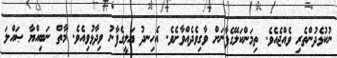
ނުކުޅެދުންތެރި ވެއްޖެއެވެ. ތިމަންކަލޭގެފާނަށް ވާގިވެދެއްވާށެވެ. އެހިނދު ޢަލީގެފާނު ވިދާޅުވިއެވެ. މާތް ނަބިއްޔާ ޞައްލަ